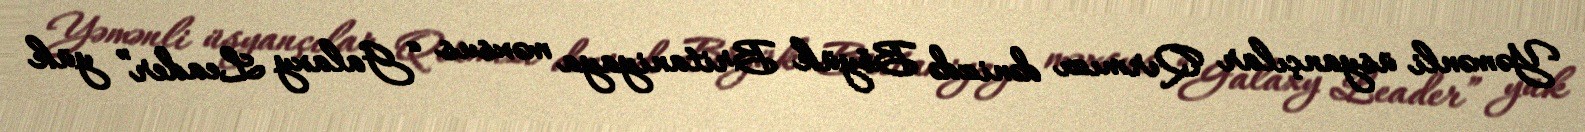
Yəmənli üsyançılar Qırmızı dənizdə Böyük Britaniyaya məxsus “Galaxy Leader” yük